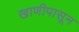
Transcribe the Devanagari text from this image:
खाणीपासून